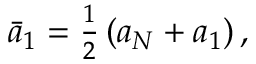
\begin{array} { r } { \bar { a } _ { 1 } = \frac { 1 } { 2 } \left( { a } _ { N } + { a } _ { 1 } \right) , } \end{array}